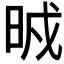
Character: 𣆒